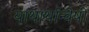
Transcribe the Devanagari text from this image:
याथार्थान्वेषी